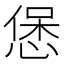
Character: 𭝱